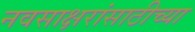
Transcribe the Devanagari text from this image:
नवसाक्षरांसाठीच्या